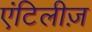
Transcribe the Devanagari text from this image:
एंटिलीज़